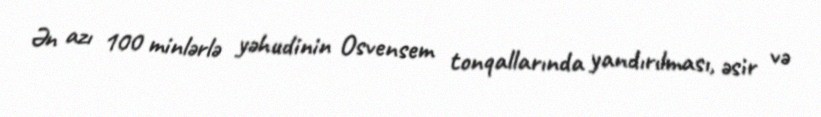
Ən azı 100 minlərlə yəhudinin Osvensem tonqallarında yandırılması, əsir və